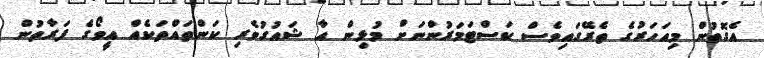
އެގޮތުން މިއަހަރުގެ ތެރޭގައިވެސް ކަސްޓަމަރުންނަށް މުޅިން އާ ޝައުގުވެރި ކަންތައްތަކެއް އީވޯގެ ފަރާތުން